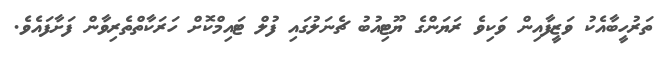
ތަރުހީބާއެކު ވަޒީފާއިން ވަކިވެ ރަޔަންގެ ޔޫޓިއުބު ޗެނަލުގައި ފުލް ޓައިމްކޮށް ހަރަކާތްތެރިވާން ފަށާފައެވެ.